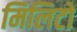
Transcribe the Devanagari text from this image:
मिलिटो